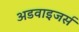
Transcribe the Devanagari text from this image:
अडवाइजर्स